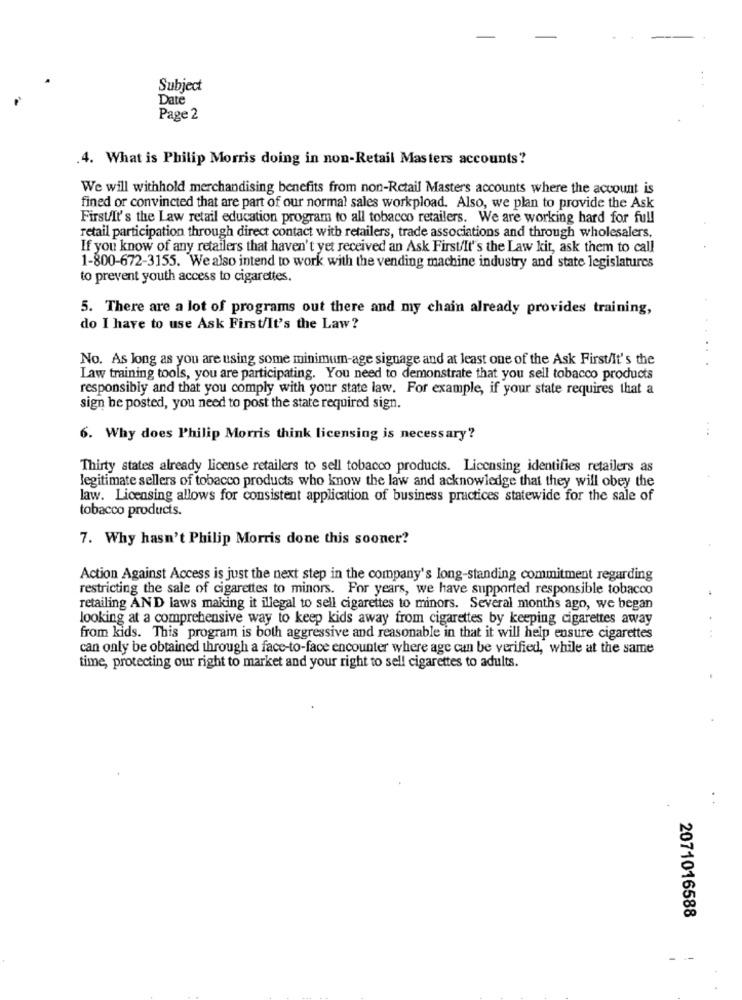
Subject
Date
Page 2
4. What is Philip Morris doing in non-Retail Masters accounts?
We will withhold merchandising benefits from non-Retail Masters accounts where the account is
fined or convincted that are part of our normal sales workpload. Also, we plan to provide the Ask
First/It's the Law retail education program to all tobacco retailers. We are working hard for full
retail participation through direct contact with retailers, trade associations and through wholesalers,
If you know of any retailers that haven't yet received an Ask First/It's the Law kit, ask them to call
1-800-672-3155. We also intend to work with the vending machine industry and state legislatures
to prevent youth access to cigarettes.
5. There are a lot of programs out there and my chain already provides training,
do I have to use Ask First/It's the Law?
..
No. As long as you are using some minimum-age signage and at least one of the Ask First/It's the
.
Law training tools, you are participating. You need to demonstrate that you sell tobacco products
responsibly and that you comply with your state law. For example, if your state requires that a
sign be posted, you need to post the state required sign.
6. Why does Philip Morris think licensing is necessary?
Thirty states already license retailers to sell tobacco products. Licensing identifies retailers as
legitimate sellers of tobacco products who know the law and acknowledge that they will obey the
law. Licensing allows for consistent application of business practices statewide for the sale of
tobacco products.
7. Why hasn't Philip Morris done this sooner?
Action Against Access is just the next step in the company's long-standing commitment regarding
restricting the sale of cigarettes to minors. For years, we have supported responsible tobacco
retailing AND laws making it illegal to sell cigarettes to minors. Several months ago, we began
looking at a comprehensive way to keep kids away from cigarettes by keeping cigarettes away
from kids. This program is both aggressive and reasonable in that it will help ensure cigarettes
can only be obtained through a face-to-face encounter where age can be verified, while at the same
time, protecting our right to market and your right to sell cigarettes to adults.
2071016588
- -